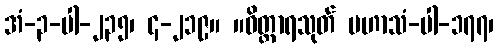
အံ-၃-ပါ-၂၃၅၊ ၄-၂၁၉။ ။ဝိတ္ထာရသုတ် မဟာသံ-ပါ-၁၇၇၊